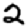
Digit: 2